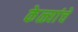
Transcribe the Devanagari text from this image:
केळ्यांचे